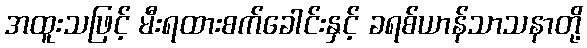
အထူးသဖြင့် မီးရထားစက်ခေါင်းနှင့် ခရစ်ယာန်သာသနာတို့